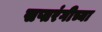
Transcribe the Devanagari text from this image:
सप्तरंगीच्या